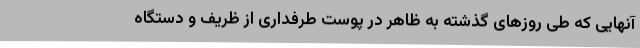
آنهایی که طی روزهای گذشته به ظاهر در پوست طرفداری از ظریف و دستگاه